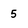
Character: 5